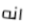
انه